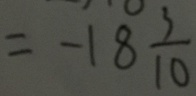
= - 1 8 \frac { 3 } { 1 0 }